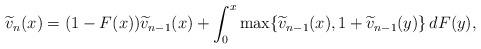
LaTeX: \begin{align*}\widetilde{v}_n(x)=(1-F(x)) \widetilde{v}_{n-1}(x) + \int_0^x \max \{ \widetilde{v}_{n-1}(x), 1+ \widetilde{v}_{n-1}(y) \}\, dF(y),\end{align*}